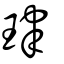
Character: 珒